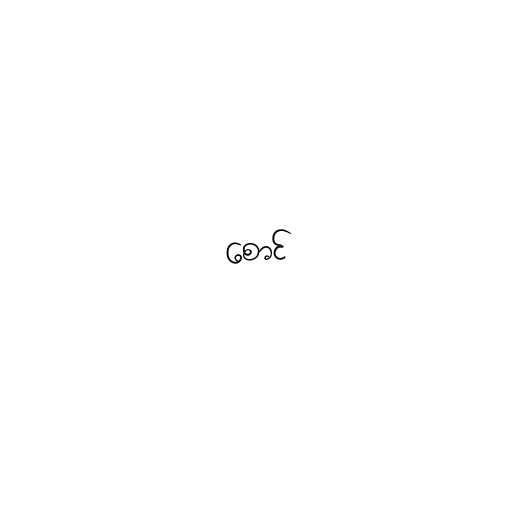
စောင်